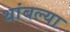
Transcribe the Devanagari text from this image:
थांबल्या